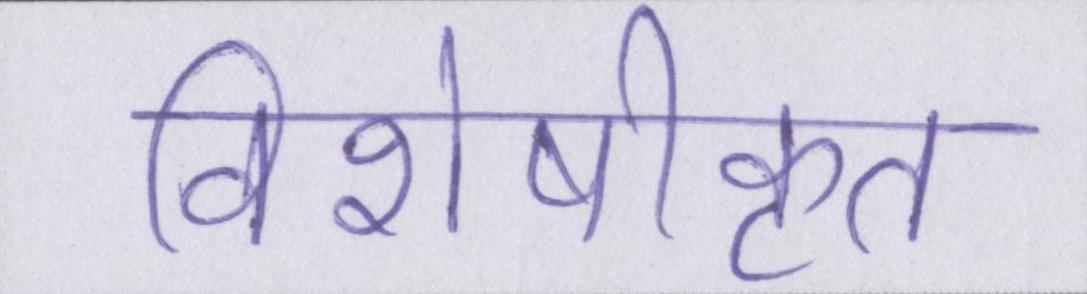
विशेषीकृत